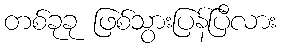
တစ်ခုခု ဖြစ်သွားပြန်ပြီလား